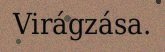
Virágzása.